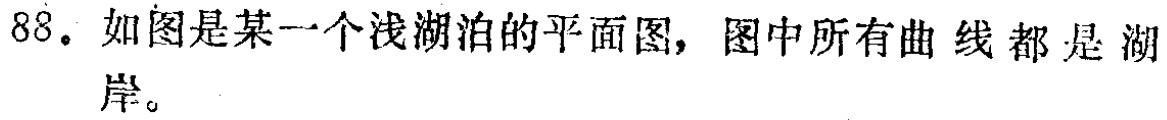
88。如图是某一个浅湖泊的平面图，图中所有曲线都是湖岸。